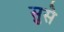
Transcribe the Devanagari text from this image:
सुसे